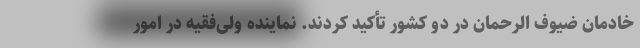
خادمان ضیوف الرحمان در دو کشور تأکید کردند. نماینده ولی‌فقیه در امور